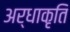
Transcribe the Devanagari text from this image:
अर्धाकृति